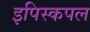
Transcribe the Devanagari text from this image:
इपिस्कपल